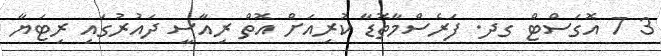
3 7 އޮގަސްޓް ގދ. ފަރެސްމާތޮޑާ ކުރިއަށް އޮތް ރިއާސީ ދައުރުގައި ރިޓަޔާ